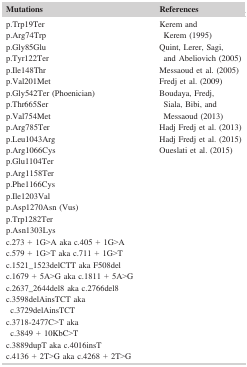
| Mutations | References |
 | --- | --- |
 | p.Trp19Terp.Arg74Trpp.Gly85Glup.Tyr122Terp.Ile148Thrp.Val201Metp.Gly542Ter (Phoenician)p.Thr665Serp.Val754Metp.Arg785Terp.Leu1043Argp.Arg1066Cysp.Glu1104Terp.Arg1158Terp.Phe1166Cysp.Ile1203Valp.Asp1270Asn (Vus)p.Trp1282Terp.Asn1303Lysc.273 + 1G>A aka c.405 + 1G>Ac.579 + 1G>T aka c.711 + 1G>Tc.1521_1523delCTT aka F508delc.1679 + 5A>G aka c.1811 + 5A>Gc.2637_2644del8 aka c.2766del8c.3598delAinsTCT aka c.3729delAinsTCTc.3718‐2477C>T aka c.3849 + 10KbC>Tc.3889dupT aka c.4016insTc.4136 + 2T>G aka c.4268 + 2T>G | Kerem and Kerem (1995)Quint, Lerer, Sagi, and Abeliovich (2005)Messaoud et al. (2005)Fredj et al. (2009)Boudaya, Fredj, Siala, Bibi, and Messaoud (2013)Hadj Fredj et al. (2013)Hadj Fredj et al. (2015)Oueslati et al. (2015) |